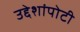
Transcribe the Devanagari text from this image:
उद्देशांपोटी